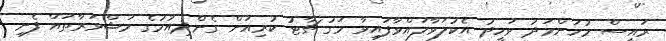
ރައީސް މުހަންމަދު ވަހީދު އެކުލަވާލައްވާފައިވާ މަގު ޗާޓު ކުރިއަށް ގެންދިއުމުގެ މަޝްވަރާތައް ފެށި